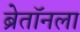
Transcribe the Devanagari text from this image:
ब्रेतॉनला